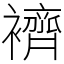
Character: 𧞓